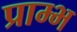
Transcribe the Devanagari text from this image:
प्राम्‍भ